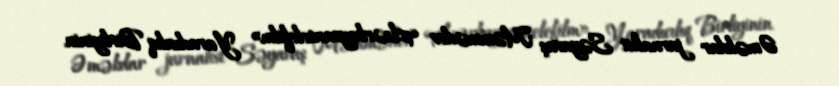
Əməkdar jurnalist Səyavuş Məmmədov «Azərbaycantelefilm» Yaradıcılıq Birliyinin